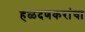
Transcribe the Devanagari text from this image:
हळदणकरांचा